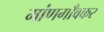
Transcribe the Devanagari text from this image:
मांणगाँवकर